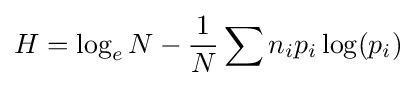
H=\log _{e}N-{\frac {1}{N}}\sum n_{i}p_{i}\log(p_{i})